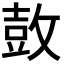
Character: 𮮦